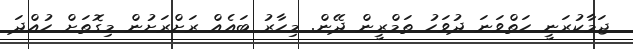
ޖަމާކުރަނީ ހަތްވަނަ ދުވަހު ތަމްރީން ދޭން. މިހާރު ބައެއް ރަށްރަށުން މިގޮތަށް ހުއްދަ